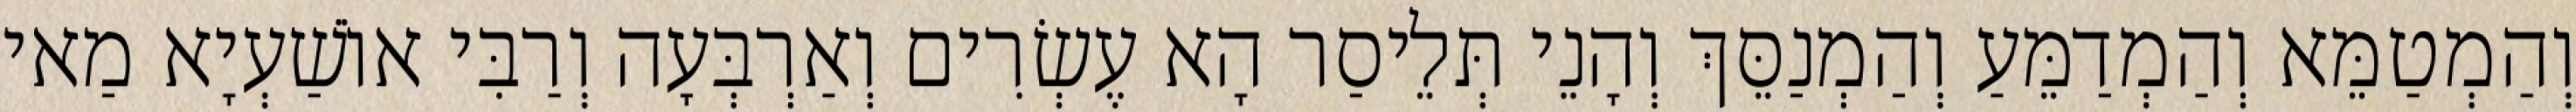
וְהַמְטַמֵּא וְהַמְדַמֵּעַ וְהַמְנַסֵּךְ וְהָנֵי תְּלֵיסַר הָא עֶשְׂרִים וְאַרְבְּעָה וְרַבִּי אוֹשַׁעְיָא מַאי